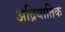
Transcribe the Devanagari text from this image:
अद्रियातिक